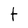
Character: t